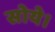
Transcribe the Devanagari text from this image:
सोये।